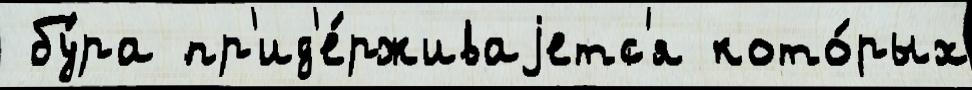
 бу́ра пр'ид'е́рживаjетс'я кото́рых